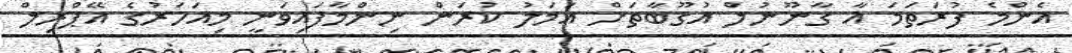
އެންމެ ފުރަތަމަ އާ ގާނޫނުލް އުގޫބާތަށް އަމަލު ކުރަން ނިންމާފައިވަނީ މިއަހަރުގެ އޭޕްރިލް